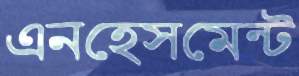
এনহেসমেন্ট